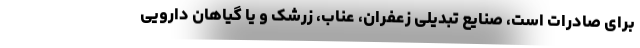
برای صادرات است، صنایع تبدیلی زعفران، عناب، زرشک و یا گیاهان دارویی